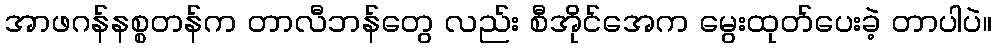
အာဖဂန်နစ္စတန်က တာလီဘန်တွေ လည်း စီအိုင်အေက မွေးထုတ်ပေးခဲ့ တာပါပဲ။